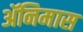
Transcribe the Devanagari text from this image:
ॲनिमास